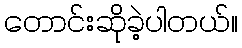
တောင်းဆိုခဲ့ပါတယ်။